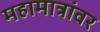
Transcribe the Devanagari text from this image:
महामात्रांवर